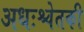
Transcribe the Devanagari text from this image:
अधःश्चेतकी